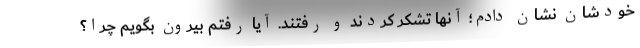
خودشان نشان دادم؛ آنها تشکر کردند و رفتند. آیا رفتم بیرون بگویم چرا؟